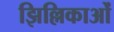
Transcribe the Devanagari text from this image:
झिल्लिकाओं